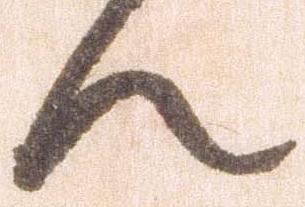
ん